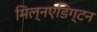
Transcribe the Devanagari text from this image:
मिल्नएडिंग्टन